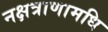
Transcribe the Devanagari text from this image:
नक्षत्राणामधि